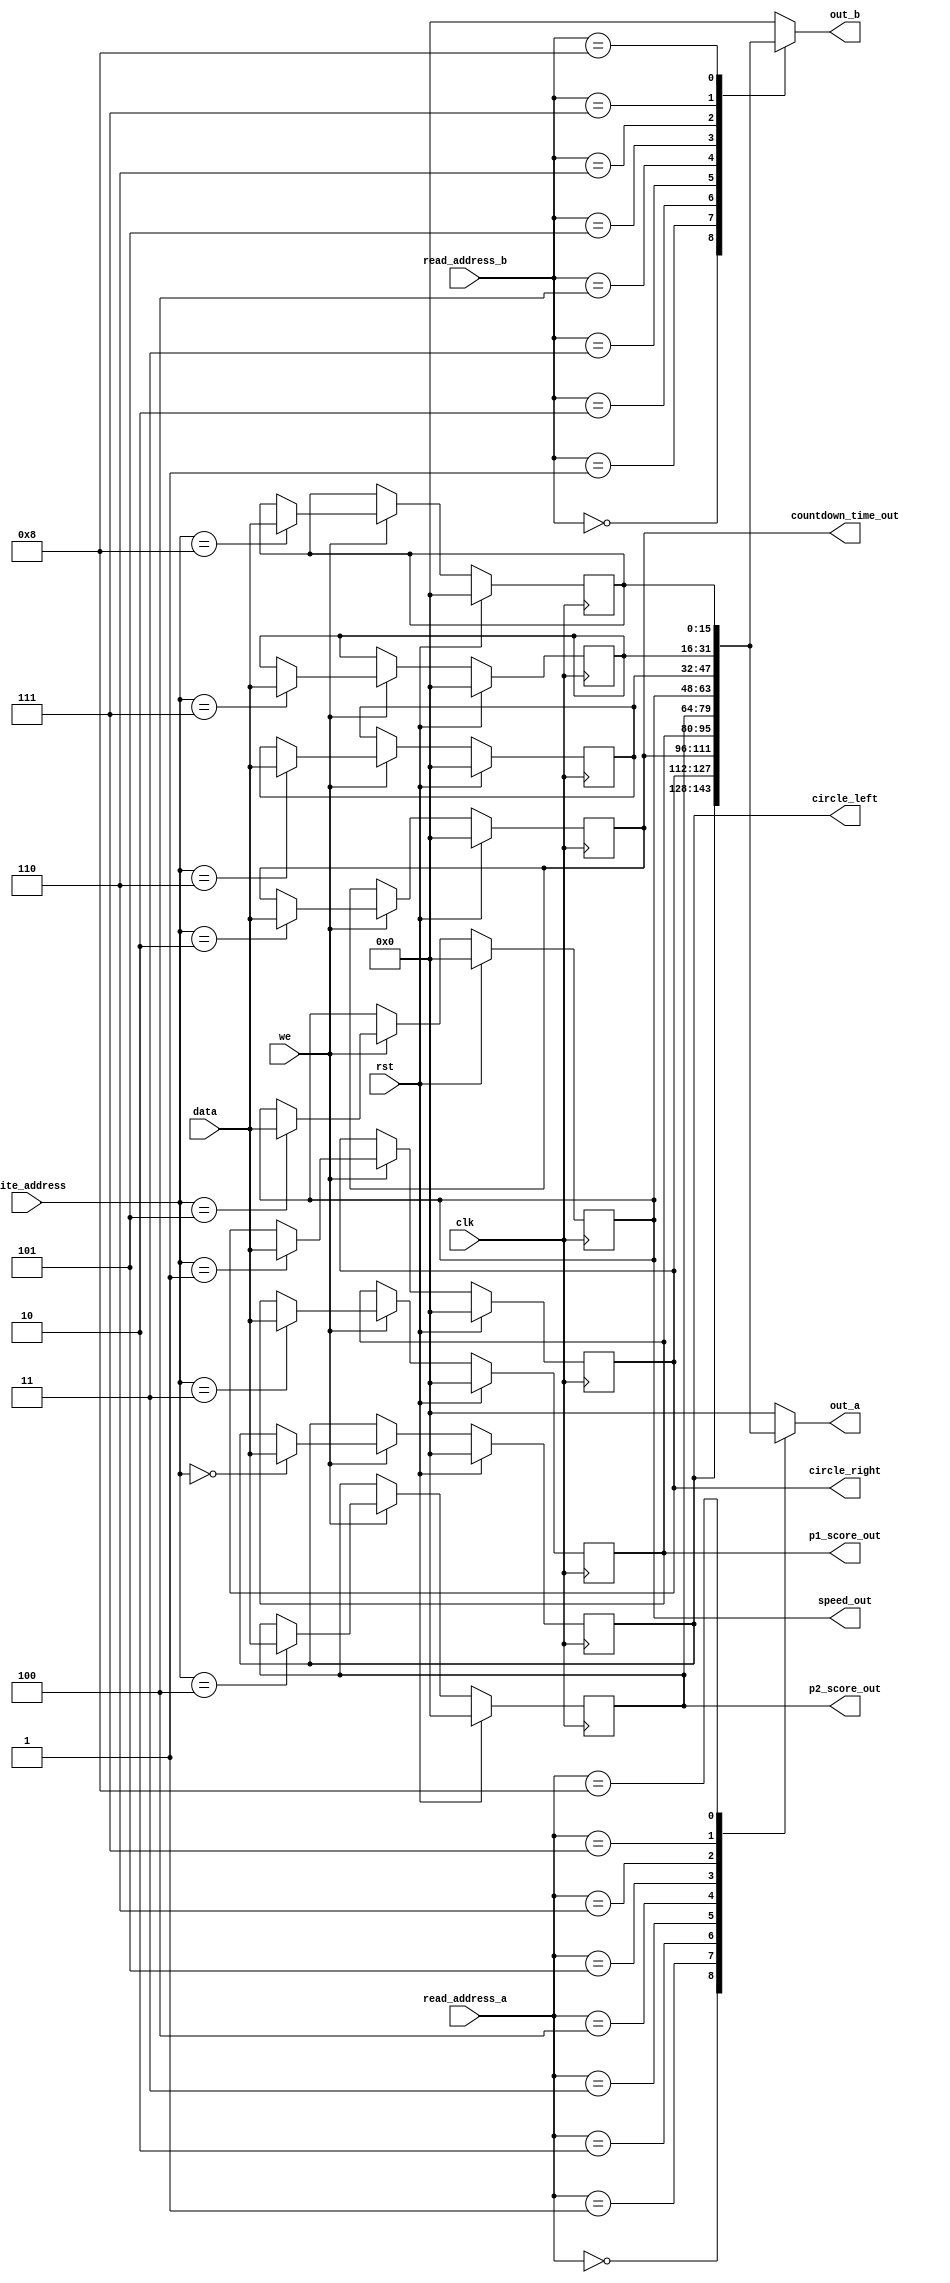
/*
   This file was generated automatically by Alchitry Labs version 1.2.7.
   Do not edit this file directly. Instead edit the original Lucid source.
   This is a temporary file and any changes made to it will be destroyed.
*/

module regfile_9 (
    input clk,
    input rst,
    input [3:0] write_address,
    input we,
    input [15:0] data,
    input [3:0] read_address_a,
    input [3:0] read_address_b,
    output reg [15:0] out_a,
    output reg [15:0] out_b,
    output reg [15:0] p1_score_out,
    output reg [15:0] p2_score_out,
    output reg [15:0] countdown_time_out,
    output reg [15:0] speed_out,
    output reg [15:0] circle_left,
    output reg [15:0] circle_right
  );
  
  
  
  reg [15:0] M_left_half_circle_d, M_left_half_circle_q = 1'h0;
  reg [15:0] M_right_half_circle_d, M_right_half_circle_q = 1'h0;
  reg [15:0] M_countdown_time_d, M_countdown_time_q = 1'h0;
  reg [15:0] M_player1_score_d, M_player1_score_q = 1'h0;
  reg [15:0] M_player2_score_d, M_player2_score_q = 1'h0;
  reg [15:0] M_speed_counter_d, M_speed_counter_q = 1'h0;
  reg [15:0] M_temp_var1_d, M_temp_var1_q = 1'h0;
  reg [15:0] M_temp_var2_d, M_temp_var2_q = 1'h0;
  reg [15:0] M_temp_var3_d, M_temp_var3_q = 1'h0;
  
  always @* begin
    M_left_half_circle_d = M_left_half_circle_q;
    M_countdown_time_d = M_countdown_time_q;
    M_temp_var1_d = M_temp_var1_q;
    M_temp_var2_d = M_temp_var2_q;
    M_temp_var3_d = M_temp_var3_q;
    M_player1_score_d = M_player1_score_q;
    M_player2_score_d = M_player2_score_q;
    M_right_half_circle_d = M_right_half_circle_q;
    M_speed_counter_d = M_speed_counter_q;
    
    if (we) begin
      
      case (write_address)
        4'h0: begin
          M_left_half_circle_d = data;
        end
        4'h1: begin
          M_right_half_circle_d = data;
        end
        4'h2: begin
          M_countdown_time_d = data;
        end
        4'h3: begin
          M_player1_score_d = data;
        end
        4'h4: begin
          M_player2_score_d = data;
        end
        4'h5: begin
          M_speed_counter_d = data;
        end
        4'h6: begin
          M_temp_var1_d = data;
        end
        4'h7: begin
          M_temp_var2_d = data;
        end
        4'h8: begin
          M_temp_var3_d = data;
        end
      endcase
    end
    
    case (read_address_a)
      4'h0: begin
        out_a = M_left_half_circle_q;
      end
      4'h1: begin
        out_a = M_right_half_circle_q;
      end
      4'h2: begin
        out_a = M_countdown_time_q;
      end
      4'h3: begin
        out_a = M_player1_score_q;
      end
      4'h4: begin
        out_a = M_player2_score_q;
      end
      4'h5: begin
        out_a = M_speed_counter_q;
      end
      4'h6: begin
        out_a = M_temp_var1_q;
      end
      4'h7: begin
        out_a = M_temp_var2_q;
      end
      4'h8: begin
        out_a = M_temp_var3_q;
      end
      default: begin
        out_a = 16'h0000;
      end
    endcase
    
    case (read_address_b)
      4'h0: begin
        out_b = M_left_half_circle_q;
      end
      4'h1: begin
        out_b = M_right_half_circle_q;
      end
      4'h2: begin
        out_b = M_countdown_time_q;
      end
      4'h3: begin
        out_b = M_player1_score_q;
      end
      4'h4: begin
        out_b = M_player2_score_q;
      end
      4'h5: begin
        out_b = M_speed_counter_q;
      end
      4'h6: begin
        out_b = M_temp_var1_q;
      end
      4'h7: begin
        out_b = M_temp_var2_q;
      end
      4'h8: begin
        out_b = M_temp_var3_q;
      end
      default: begin
        out_b = 16'h0000;
      end
    endcase
    p1_score_out = M_player1_score_q;
    p2_score_out = M_player2_score_q;
    countdown_time_out = M_countdown_time_q;
    speed_out = M_speed_counter_q;
    circle_left = M_left_half_circle_q;
    circle_right = M_right_half_circle_q;
  end
  
  always @(posedge clk) begin
    if (rst == 1'b1) begin
      M_left_half_circle_q <= 1'h0;
      M_right_half_circle_q <= 1'h0;
      M_countdown_time_q <= 1'h0;
      M_player1_score_q <= 1'h0;
      M_player2_score_q <= 1'h0;
      M_speed_counter_q <= 1'h0;
      M_temp_var1_q <= 1'h0;
      M_temp_var2_q <= 1'h0;
      M_temp_var3_q <= 1'h0;
    end else begin
      M_left_half_circle_q <= M_left_half_circle_d;
      M_right_half_circle_q <= M_right_half_circle_d;
      M_countdown_time_q <= M_countdown_time_d;
      M_player1_score_q <= M_player1_score_d;
      M_player2_score_q <= M_player2_score_d;
      M_speed_counter_q <= M_speed_counter_d;
      M_temp_var1_q <= M_temp_var1_d;
      M_temp_var2_q <= M_temp_var2_d;
      M_temp_var3_q <= M_temp_var3_d;
    end
  end
  
endmodule